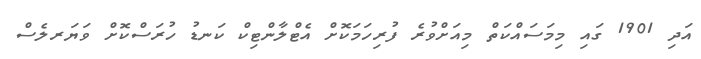
އަދި 1901 ގައި މިމަސައްކަތް މިއަށްވުރެ ފުރިހަމަކޮށް އެޓްލާންޓިކް ކަނޑު ހުރަސްކޮށް ވަޔަރލެސް